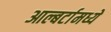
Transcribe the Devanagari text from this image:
आल्बर्टामध्ये